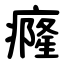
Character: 癃